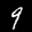
Label: 9